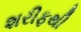
શરીફથી